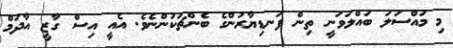
މި މައްސަލަ ބައްލަވަނީ ތިން ފަނޑިޔާރުންގެ ބެންޗަކުންނެވެ. އެއީ އިސް ގާޒީ އާދަމް